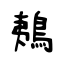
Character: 鴺